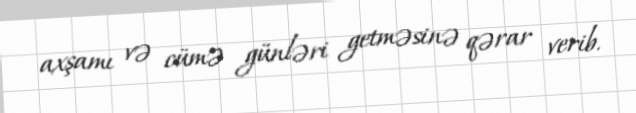
axşamı və cümə günləri getməsinə qərar verib.